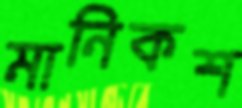
মানিকশ